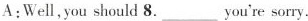
A:Well, you should 8.___ You're sorry.